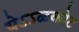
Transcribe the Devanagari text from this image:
येऽऽळकोट